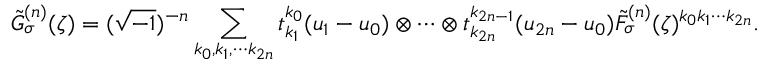
\tilde { G } _ { \sigma } ^ { ( n ) } ( \zeta ) = ( \sqrt { - 1 } ) ^ { - n } \sum _ { k _ { 0 } , k _ { 1 } , \cdots k _ { 2 n } } t _ { k _ { 1 } } ^ { k _ { 0 } } ( u _ { 1 } - u _ { 0 } ) \otimes \cdots \otimes t _ { k _ { 2 n } } ^ { k _ { 2 n - 1 } } ( u _ { 2 n } - u _ { 0 } ) \tilde { F } _ { \sigma } ^ { ( n ) } ( \zeta ) ^ { k _ { 0 } k _ { 1 } \cdots k _ { 2 n } } .